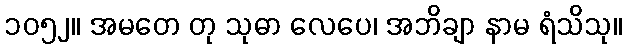
၁၀၅၂။ အမတေ တု သုဓာ လေပေ၊ အဘိချာ နာမ ရံသိသု။